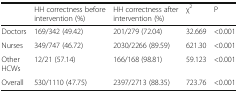
<table><thead><tr><td></td><td><b>HH correctness before intervention (%)</b></td><td><b>HH correctness after intervention (%)</b></td><td><b>χ<sup>2</sup></b></td><td><b>P</b></td></tr></thead><tbody><tr><td>Doctors</td><td>169/342 (49.42)</td><td>201/279 (72.04)</td><td>32.669</td><td>&lt;0.001</td></tr><tr><td>Nurses</td><td>349/747 (46.72)</td><td>2030/2266 (89.59)</td><td>621.30</td><td>&lt;0.001</td></tr><tr><td>Other HCWs</td><td>12/21 (57.14)</td><td>166/168 (98.81)</td><td>59.123</td><td>&lt;0.001</td></tr><tr><td>Overall</td><td>530/1110 (47.75)</td><td>2397/2713 (88.35)</td><td>723.76</td><td>&lt;0.001</td></tr></tbody></table>